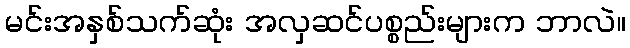
မင်းအနှစ်သက်ဆုံး အလှဆင်ပစ္စည်းများက ဘာလဲ။